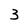
Character: 3